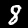
Label: 8